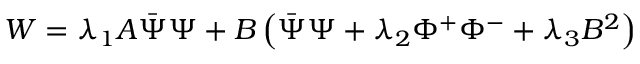
W = \lambda _ { 1 } A \bar { \Psi } \Psi + B \left( \bar { \Psi } \Psi + \lambda _ { 2 } \Phi ^ { + } \Phi ^ { - } + \lambda _ { 3 } B ^ { 2 } \right)